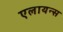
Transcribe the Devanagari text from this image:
एलायन्स